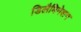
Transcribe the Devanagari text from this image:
डिलैमिनेशन